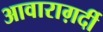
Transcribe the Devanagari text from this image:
आवाराग़र्दी